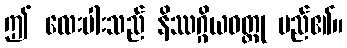
ဤ လေးပါးသည် နိဿဂ္ဂိယဝတ္ထု မည်၏။